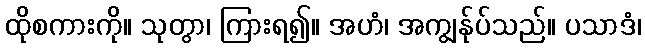
ထိုစကားကို။ သုတွာ၊ ကြားရ၍။ အဟံ၊ အကျွန်ုပ်သည်။ ပသာဒံ၊